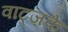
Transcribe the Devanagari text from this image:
वाट्ज़के